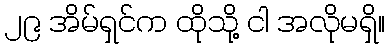
၂၉ အိမ်ရှင်က ထိုသို့ ငါ အလိုမရှိ။